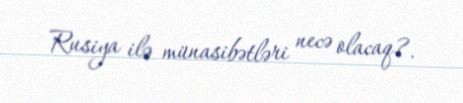
Rusiya ilə münasibətləri necə olacaq?.